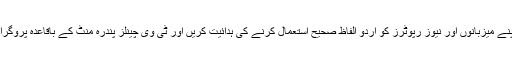
کونسل نے مزید یہ سفارش بھی کی ہے کہ ٹی وی چینلز اپنے میزبانوں اور نیوز رپوٹرز کو اردو الفاظ صحیح استعمال کرنے کی ہدائیت کریں اور ٹی وی چینلز پندرہ منٹ کے باقاعدہ پروگرام کے بعد اشتہارات کے وقفہ کے قانون پر عمل پیرا ہوں ۔